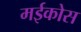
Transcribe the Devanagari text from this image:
मईकोस